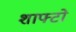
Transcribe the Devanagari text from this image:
शाफ्टो